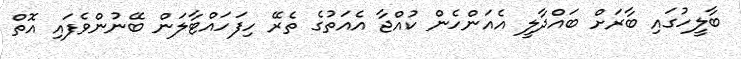
ބާލީހުގައި ބާރަށް ބައްދާލީ އެއަންހެން ކުއްޖާ އެއަތުގެ ތެރޭ ހިފަހައްޓާލަން ބޭނުންވެފައި އޮތް